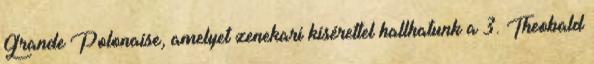
Grande Polonaise, amelyet zenekari kísérettel hallhatunk a 3. Theobald